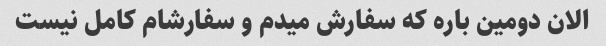
الان دومین باره که سفارش میدم و سفارشام کامل نیست